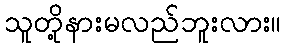
သူတို့နားမလည်ဘူးလား။